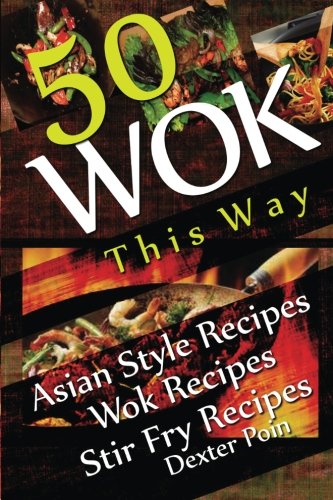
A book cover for Wok This Way - 50 Asian Style Recipes - Wok Recipes - Stir Fry Recipes (Recipe Junkies - Wok Recipes); Dexter Poin; Cookbooks, Food & Wine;